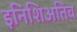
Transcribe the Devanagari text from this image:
इनिशिअतिव